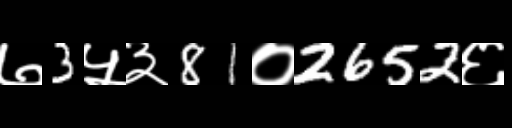
Text: ७3५३81०2652६